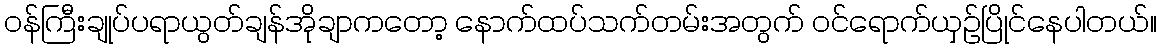
ဝန်ကြီးချုပ်ပရာယွတ်ချန်အိုချာကတော့ နောက်ထပ်သက်တမ်းအတွက် ဝင်ရောက်ယှဥ်ပြိုင်နေပါတယ်။